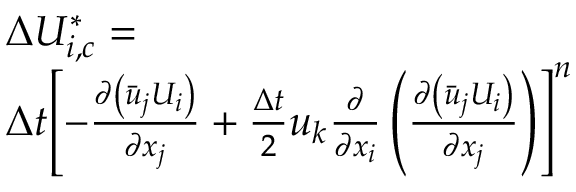
\begin{array} { r l } & { \Delta U _ { i , c } ^ { * } = } \\ & { \Delta t { { \left[ - \frac { \partial \left( { { { \bar { u } } } _ { j } } { { U } _ { i } } \right) } { \partial { { x } _ { j } } } + \frac { \Delta t } { 2 } { { u } _ { k } } \frac { \partial } { \partial { { x } _ { i } } } \left( \frac { \partial \left( { { { \bar { u } } } _ { j } } { { U } _ { i } } \right) } { \partial { { x } _ { j } } } \right) \right] } ^ { n } } } \end{array}